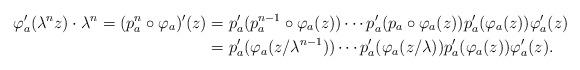
LaTeX: \begin{align*}\varphi_a'(\lambda^n z)\cdot \lambda^n=(p_a^n\circ\varphi_a)'(z)& =p_a'(p_a^{n-1}\circ\varphi_a(z))\cdots p_a'(p_a\circ\varphi_a(z))p_a'(\varphi_a(z))\varphi_a'(z) \\& =p_a'(\varphi_a(z/\lambda^{n-1}))\cdots p_a'(\varphi_a(z/\lambda))p_a'(\varphi_a(z))\varphi_a'(z). \end{align*}